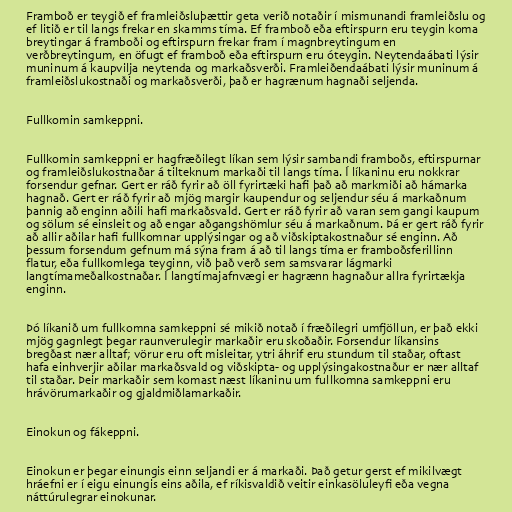
Framboð er teygið ef framleiðsluþættir geta verið notaðir í mismunandi framleiðslu og
ef litið er til langs frekar en skamms tíma. Ef framboð eða eftirspurn eru teygin koma
breytingar á framboði og eftirspurn frekar fram í magnbreytingum en
verðbreytingum, en öfugt ef framboð eða eftirspurn eru óteygin. Neytendaábati lýsir
muninum á kaupvilja neytenda og markaðsverði. Framleiðendaábati lýsir muninum á
framleiðslukostnaði og markaðsverði, það er hagrænum hagnaði seljenda.

Fullkomin samkeppni.

Fullkomin samkeppni er hagfræðilegt líkan sem lýsir sambandi framboðs, eftirspurnar
og framleiðslukostnaðar á tilteknum markaði til langs tíma. Í líkaninu eru nokkrar
forsendur gefnar. Gert er ráð fyrir að öll fyrirtæki hafi það að markmiði að hámarka
hagnað. Gert er ráð fyrir að mjög margir kaupendur og seljendur séu á markaðnum
þannig að enginn aðili hafi markaðsvald. Gert er ráð fyrir að varan sem gangi kaupum
og sölum sé einsleit og að engar aðgangshömlur séu á markaðnum. Þá er gert ráð fyrir
að allir aðilar hafi fullkomnar upplýsingar og að viðskiptakostnaður sé enginn. Að
þessum forsendum gefnum má sýna fram á að til langs tíma er framboðsferillinn
flatur, eða fullkomlega teyginn, við það verð sem samsvarar lágmarki
langtímameðalkostnaðar. Í langtímajafnvægi er hagrænn hagnaður allra fyrirtækja
enginn.

Þó líkanið um fullkomna samkeppni sé mikið notað í fræðilegri umfjöllun, er það ekki
mjög gagnlegt þegar raunverulegir markaðir eru skoðaðir. Forsendur líkansins
bregðast nær alltaf; vörur eru oft misleitar, ytri áhrif eru stundum til staðar, oftast
hafa einhverjir aðilar markaðsvald og viðskipta- og upplýsingakostnaður er nær alltaf
til staðar. Þeir markaðir sem komast næst líkaninu um fullkomna samkeppni eru
hrávörumarkaðir og gjaldmiðlamarkaðir.

Einokun og fákeppni.

Einokun er þegar einungis einn seljandi er á markaði. Það getur gerst ef mikilvægt
hráefni er í eigu einungis eins aðila, ef ríkisvaldið veitir einkasöluleyfi eða vegna
náttúrulegrar einokunar.